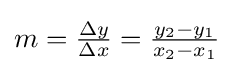
\textstyle m={\frac {\Delta y}{\Delta x}}={\frac {y_{2}-y_{1}}{x_{2}-x_{1}}}